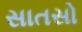
સાતસો